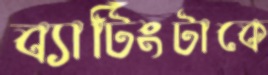
ব্যাটিংটাকে